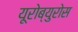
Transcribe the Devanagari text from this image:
यूरोब्युरोस